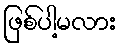
ဖြစ်ပါ့မလား